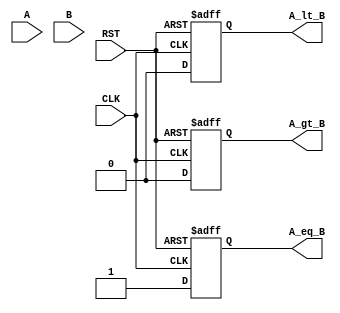
module logarithmic_comparator #(
    parameter N = 8 // Width of the input values
)(
    input [N-1:0] A,     // First input value
    input [N-1:0] B,     // Second input value
    input CLK,           // Clock signal
    input RST,           // Reset signal
    output reg A_gt_B,   // A greater than B
    output reg A_lt_B,   // A less than B
    output reg A_eq_B    // A equal to B
);

    // Function to compute logarithm approximation
    function [N-1:0] log_approx;
        input [N-1:0] value;
        begin
            // Basic logarithm approximation (For demonstration, replace with proper implementation)
            if (value == 0)
                log_approx = 0; // Logarithm of zero is undefined, could be handled differently if needed
            else
                log_approx = 0; // Replace with actual logarithmic approximation or LUT
                // E.g., log_approx = (some_function(value)); // Actual approximation logic
        end
    endfunction

    wire [N-1:0] log_A, log_B;

    // Calculate logarithmic values
    assign log_A = log_approx(A);
    assign log_B = log_approx(B);

    always @(posedge CLK or posedge RST) begin
        if (RST) begin
            A_gt_B <= 0;
            A_lt_B <= 0;
            A_eq_B <= 0;
        end else begin
            // Comparison logic
            if (log_A > log_B) begin
                A_gt_B <= 1;
                A_lt_B <= 0;
                A_eq_B <= 0;
            end else if (log_A < log_B) begin
                A_gt_B <= 0;
                A_lt_B <= 1;
                A_eq_B <= 0;
            end else begin
                A_gt_B <= 0;
                A_lt_B <= 0;
                A_eq_B <= 1;
            end
        end
    end

endmodule